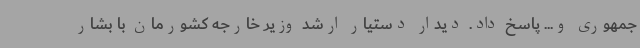
جمهوری و... پاسخ داد. دیدار دستیار ارشد وزیر خارجه کشورمان با بشار